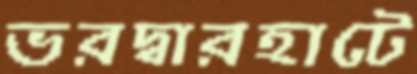
ভরদ্বারহাটে